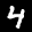
Label: 4